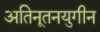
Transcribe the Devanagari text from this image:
अतिनूतनयुगीन